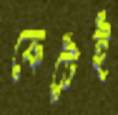
কেটেই